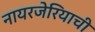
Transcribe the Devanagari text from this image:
नायरजेरियाची